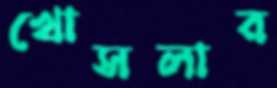
খোসলার